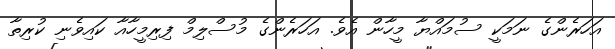
އަހަރެންގެ ނަމަކީ ސުމައްޔާ މީހާން އެވެ. އަހަރެންގެ މުސްލިމް ފިރިމީހާއާ ކައިވެނި ކުރިތާ